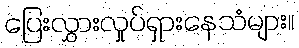
ပြေးလွှားလှုပ်ရှားနေသံများ။